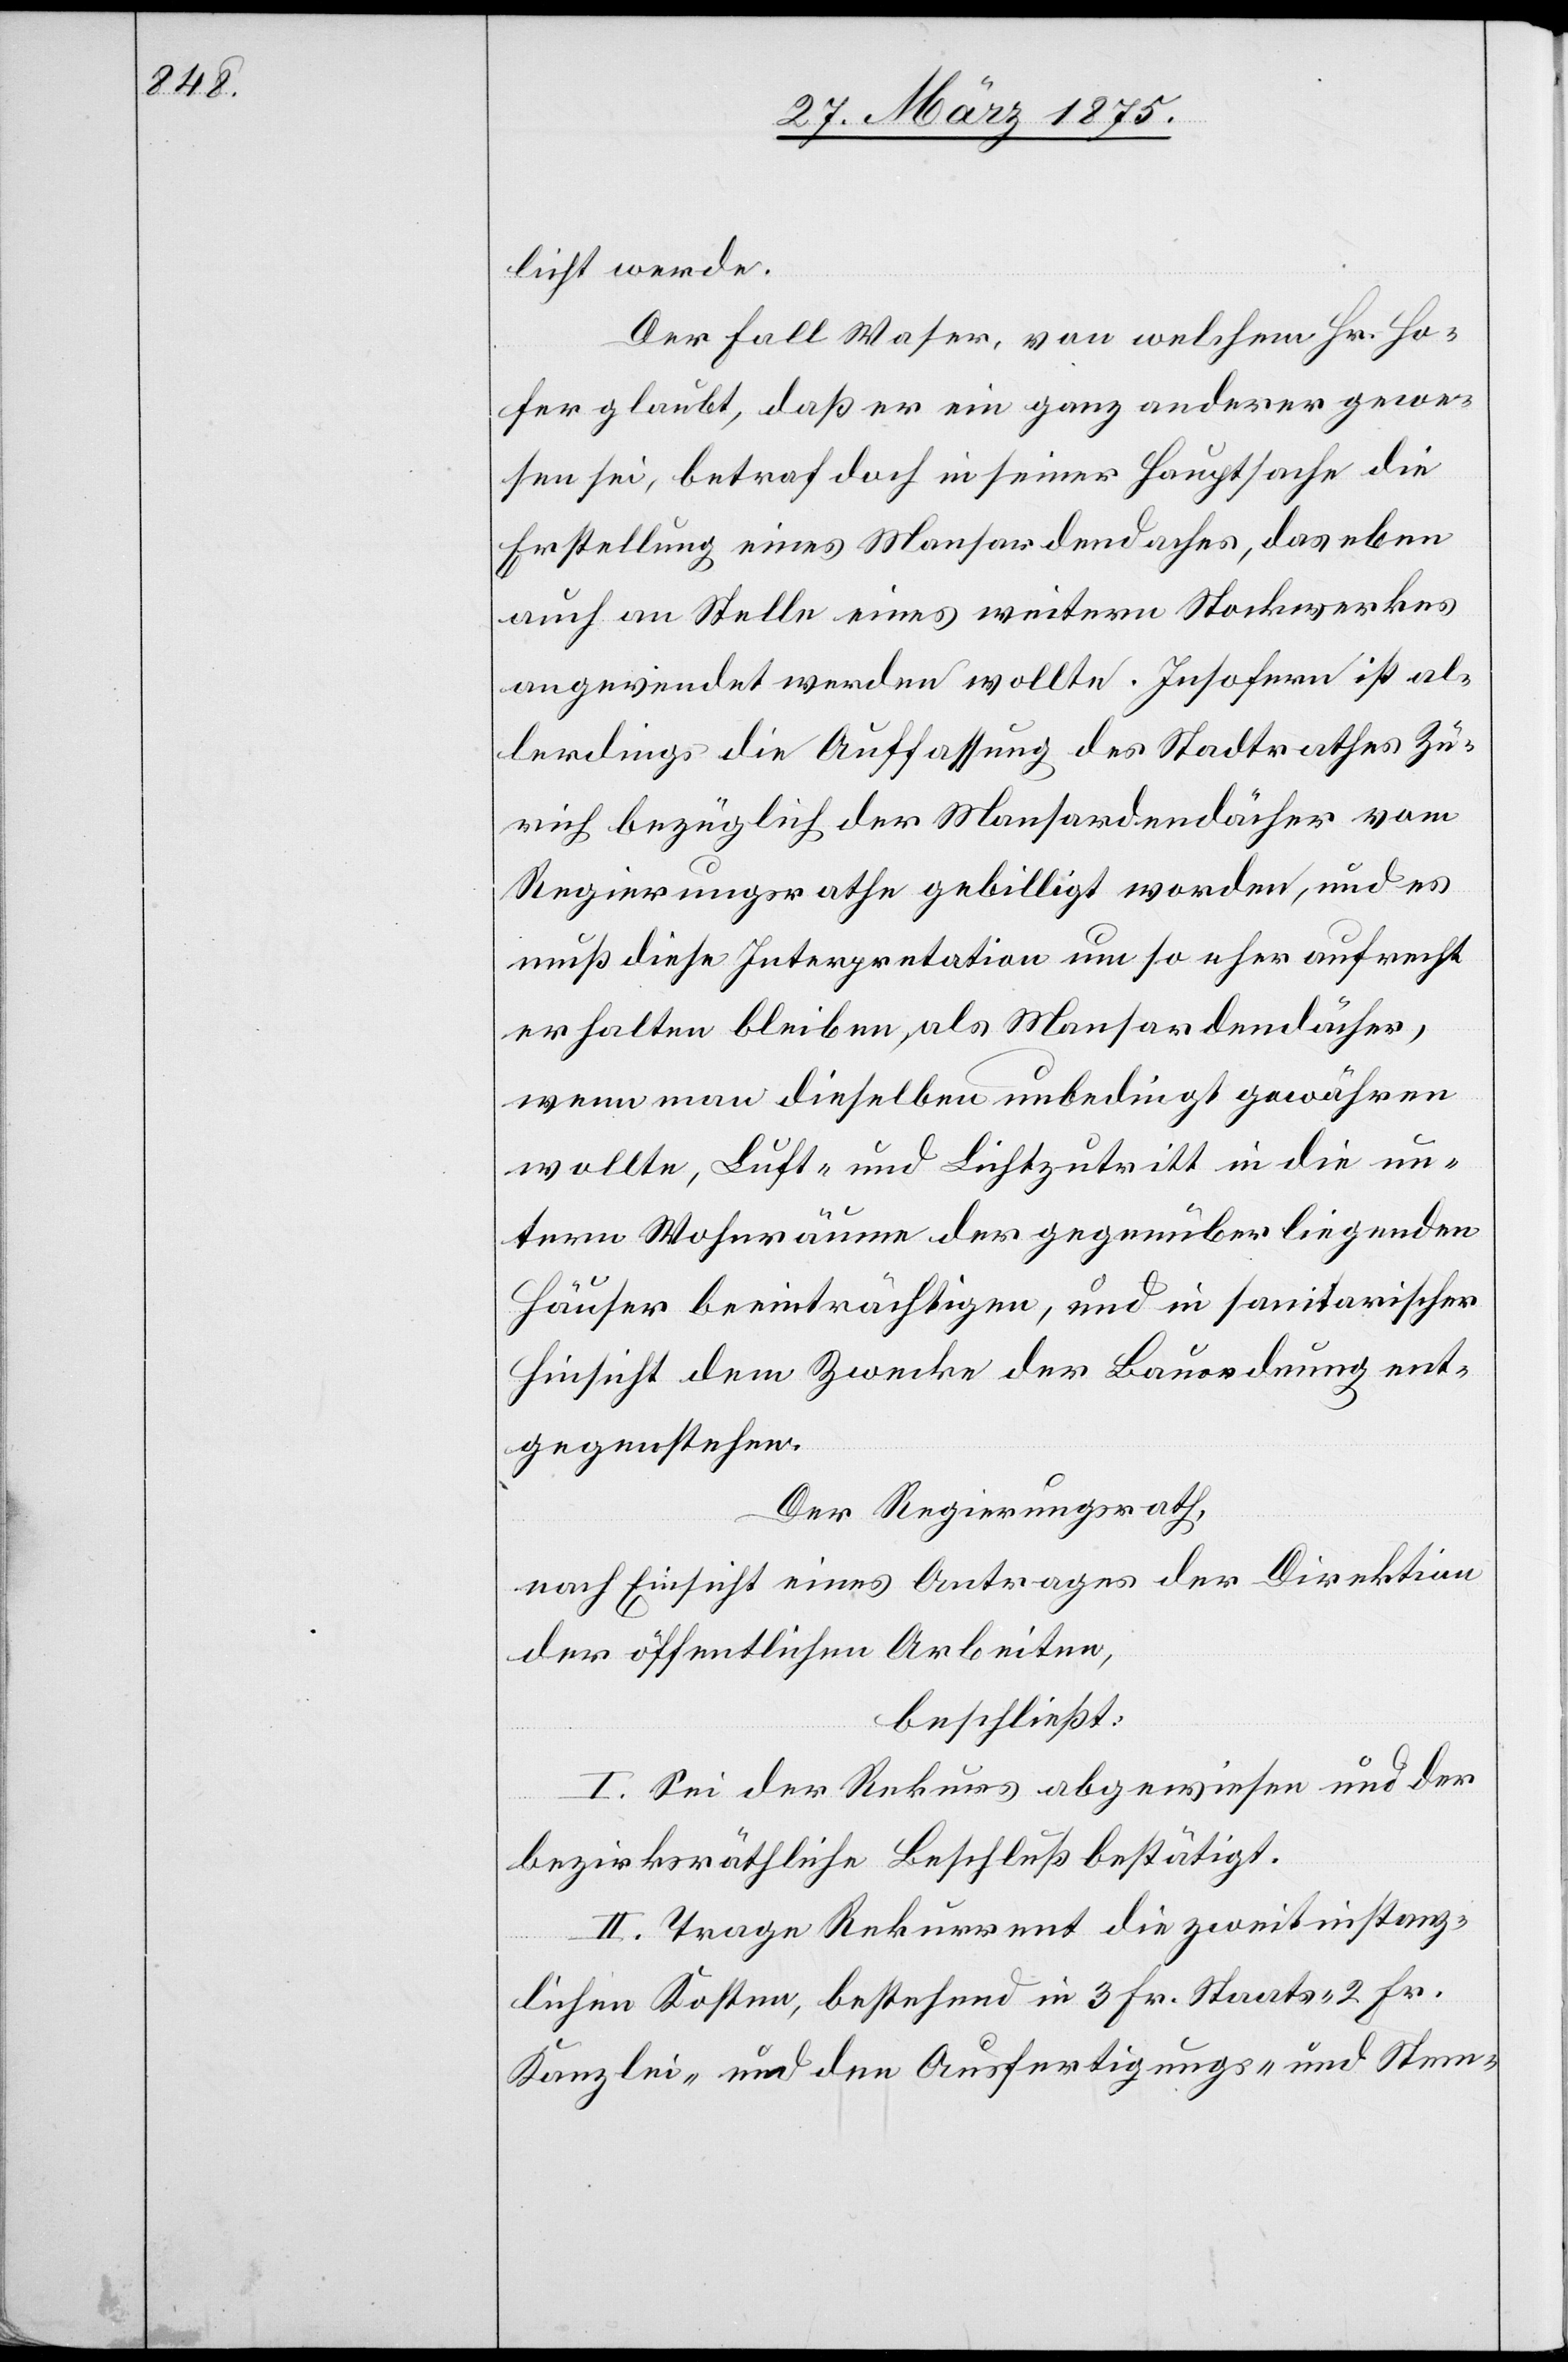
licht werde.
Der Fall Waser, von welchem Hr. Ho¬
fer glaubt, daß er ein ganz anderer gewe¬
sen sei, betraf doch in seiner Hauptsache die
Erstellung eines Mansardendaches, das eben
auch an Stelle eines weitern Stockwerkes
angewendet werden wollte. Insofern ist al¬
lerdings die Auffassung des Stadtrathes Zü¬
rich bezüglich der Mansardendächer vom
Regierungsrathe gebilligt worden, und es
muß diese Interpretation um so eher aufrecht
erhalten bleiben, als Mansardendächer,
wenn man dieselben unbedingt gewähren
wollte Luft- und Lichtzutritt in die un¬
tern Wohnräume der gegenüberliegenden
Häuser beeinträchtigen, und in sanitarischer
Hinsicht dem Zwecke der Bauordnung ent¬
gegenstehen.
Der Regierungsrath,
nach Einsicht eines Antrages der Direktion
der öffentlichen Arbeiten,
beschließt:
I. Sei der Rekurs abgewiesen und der
bezirksräthliche Beschluß bestätigt.
II. Trage Rekurrent die zweitinstanz¬
lichen Kosten, bestehend in 3 Fr. Staats- 2 Fr.
Kanzlei- und den Ausfertigungs- und Stem-